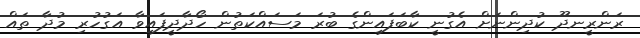
ރަންރީނދޫ ކުދިންނަށް އެގުނީ ކާބަފައިންގެ ބުރަ މަަސައްކަތުން ހޯދާދީފައިވާ އަގުހުރި މުދާ ތައް